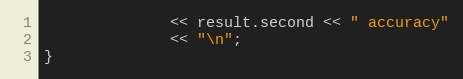
Language: C++
              << result.second << " accuracy"
              << "\n";
}